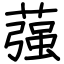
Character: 蔃